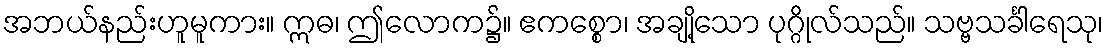
အဘယ်နည်းဟူမူကား။ ဣဓ၊ ဤလောက၌။ ဧကစ္စော၊ အချို့သော ပုဂ္ဂိုလ်သည်။ သဗ္ဗသင်္ခါရေသု၊